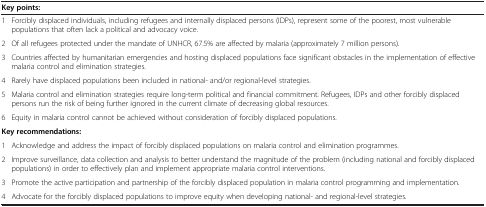
<table><thead><tr><td colspan="2"><b>Key points:</b></td></tr></thead><tbody><tr><td>1</td><td>Forcibly displaced individuals, including refugees and internally displaced persons (IDPs), represent some of the poorest, most vulnerable populations that often lack a political and advocacy voice.</td></tr><tr><td>2</td><td>Of all refugees protected under the mandate of UNHCR, 67.5% are affected by malaria (approximately 7 million persons).</td></tr><tr><td>3</td><td>Countries affected by humanitarian emergencies and hosting displaced populations face significant obstacles in the implementation of effective malaria control and elimination strategies.</td></tr><tr><td>4</td><td>Rarely have displaced populations been included in national- and/or regional-level strategies.</td></tr><tr><td>5</td><td>Malaria control and elimination strategies require long-term political and financial commitment. Refugees, IDPs and other forcibly displaced persons run the risk of being further ignored in the current climate of decreasing global resources.</td></tr><tr><td>6</td><td>Equity in malaria control cannot be achieved without consideration of forcibly displaced populations.</td></tr><tr><td colspan="2"><b>Key recommendations:</b></td></tr><tr><td>1</td><td>Acknowledge and address the impact of forcibly displaced populations on malaria control and elimination programmes.</td></tr><tr><td>2</td><td>Improve surveillance, data collection and analysis to better understand the magnitude of the problem (including national and forcibly displaced populations) in order to effectively plan and implement appropriate malaria control interventions.</td></tr><tr><td>3</td><td>Promote the active participation and partnership of the forcibly displaced population in malaria control programming and implementation.</td></tr><tr><td>4</td><td>Advocate for the forcibly displaced populations to improve equity when developing national- and regional-level strategies.</td></tr></tbody></table>